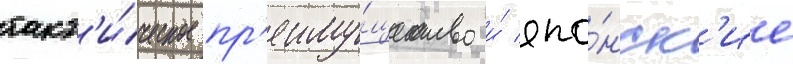
такт'и́ческое пр'еиму́щество и́ япо́нск'ие